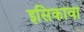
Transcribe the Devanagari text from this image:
इसिकावा